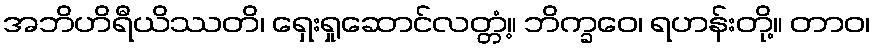
အဘိဟိရီယိဿတိ၊ ရှေးရှုဆောင်လတ္တံ့။ ဘိက္ခဝေ၊ ရဟန်းတို့။ တာဝ၊